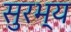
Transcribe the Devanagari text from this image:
सुरभ्य